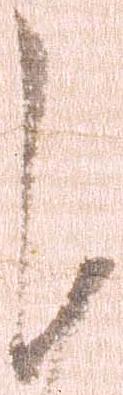
謹